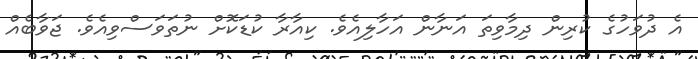
އެ ދުވަހުގެ ކުރިން ދިމާވިތަ އަނާން އަހާލިއެވެ. ކިއާރާ ކުޑަކޮށް ނުތަވަސްވިއެވެ. ޖަވާބެއް